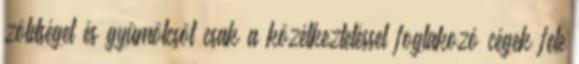
zöldséget és gyümölcsöt csak a közétkeztetéssel foglakozó cégek fele